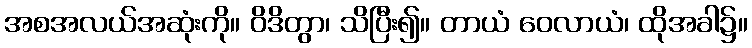
အစအလယ်အဆုံးကို။ ဝိဒိတွာ၊ သိပြီး၍။ တာယံ ဝေလာယံ၊ ထိုအခါ၌။